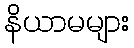
နိယာမများ